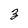
Character: z